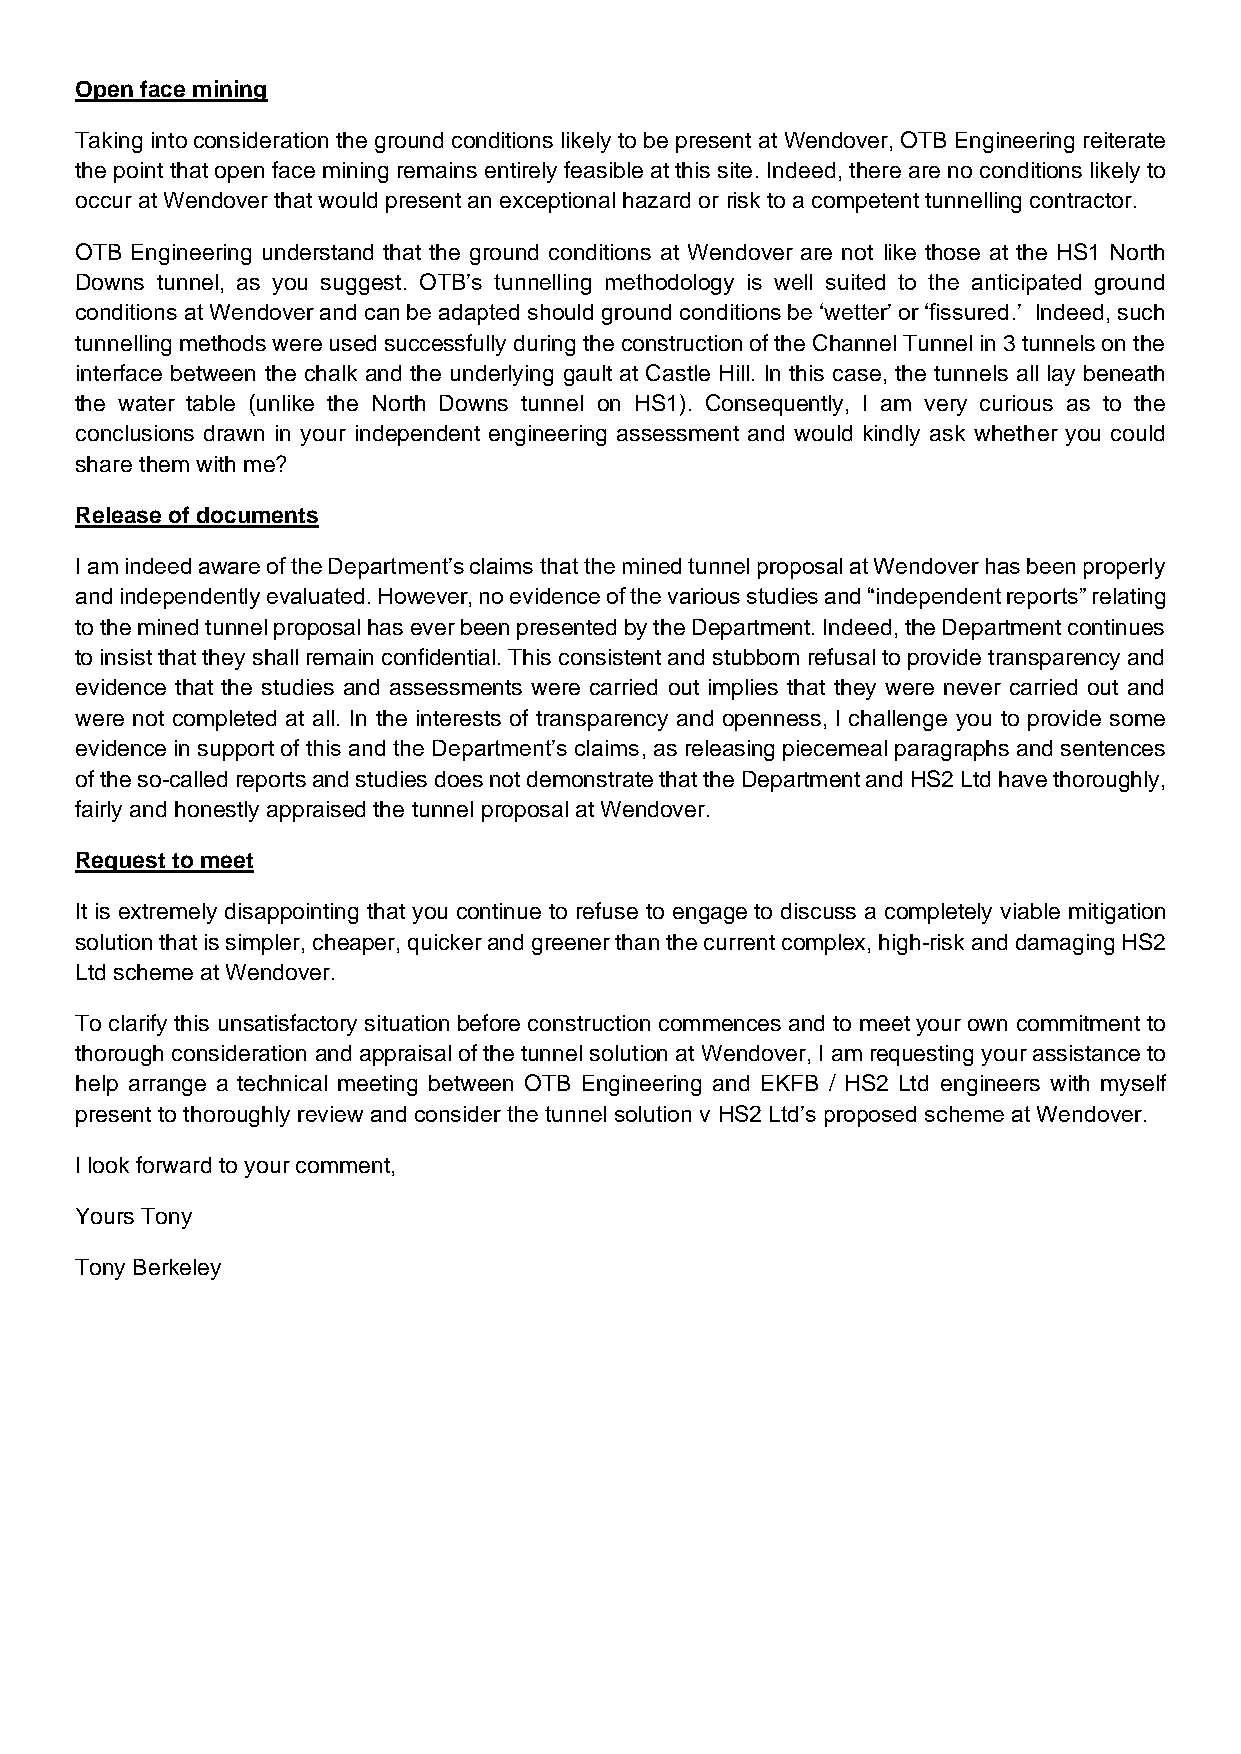
Open face mining
 Taking into consideration the ground conditions likely to be present at Wendover, OTB Engineering reiterate
 the point that open face mining remains entirely feasible at this site. Indeed, there are no conditions likely to
 occur at Wendover that would present an exceptional hazard or risk to a competent tunnelling contractor.
 OTB Engineering understand that the ground conditions at Wendover are not like those at the HS1 North
 Downs tunnel, as you suggest. OTB’s tunnelling methodology is well suited to the anticipated ground
 conditions at Wendover and can be adapted should ground conditions be ‘wetter’ or ‘fissured.’ Indeed, such
 tunnelling methods were used successfully during the construction of the Channel Tunnel in 3 tunnels on the
 interface between the chalk and the underlying gault at Castle Hill. In this case, the tunnels all lay beneath
 the water table (unlike the North Downs tunnel on HS1). Consequently, I am very curious as to the
 conclusions drawn in your independent engineering assessment and would kindly ask whether you could
 share them with me?
 Release of documents
 I am indeed aware of the Department’s claims that the mined tunnel proposal at Wendover has been properly
 and independently evaluated. However, no evidence of the various studies and “independent reports” relating
 to the mined tunnel proposal has ever been presented by the Department. Indeed, the Department continues
 to insist that they shall remain confidential. This consistent and stubborn refusal to provide transparency and
 evidence that the studies and assessments were carried out implies that they were never carried out and
 were not completed at all. In the interests of transparency and openness, I challenge you to provide some
 evidence in support of this and the Department’s claims, as releasing piecemeal paragraphs and sentences
 of the so-called reports and studies does not demonstrate that the Department and HS2 Ltd have thoroughly,
 fairly and honestly appraised the tunnel proposal at Wendover.
 Request to meet
 It is extremely disappointing that you continue to refuse to engage to discuss a completely viable mitigation
 solution that is simpler, cheaper, quicker and greener than the current complex, high-risk and damaging HS2
 Ltd scheme at Wendover.
 To clarify this unsatisfactory situation before construction commences and to meet your own commitment to
 thorough consideration and appraisal of the tunnel solution at Wendover, I am requesting your assistance to
 help arrange a technical meeting between OTB Engineering and EKFB / HS2 Ltd engineers with myself
 present to thoroughly review and consider the tunnel solution v HS2 Ltd’s proposed scheme at Wendover.
 I look forward to your comment,
 Yours Tony
 Tony Berkeley